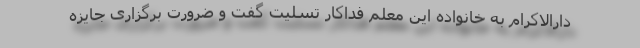
دارالاکرام به خانواده این معلم فداکار تسلیت گفت و ضرورت برگزاری جایزه